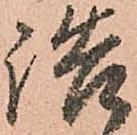
詰